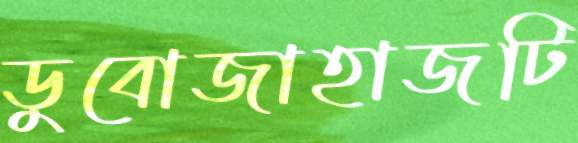
ডুবোজাহাজটি